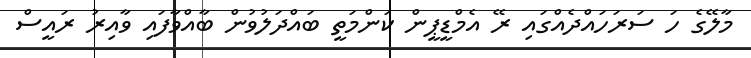
މާލޭގެ ހަ ސަރަހައްދެއްގައި ރޭ އެމްޑީޕީން ކަންމަތީ ބައްދަލުވުން ބާއްވާފައި ވާއިރު ރައީސް